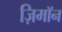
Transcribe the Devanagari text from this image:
ज़िमाॅन